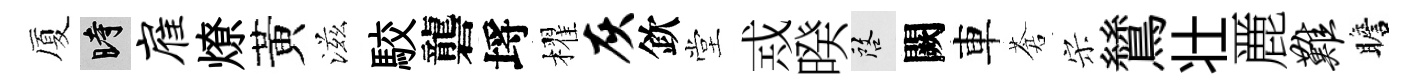
厦时雇燎黃滋駮礱埓櫂灰欽堂𢦶暌啓闕車蒼宋鷥壮䴡难瞻